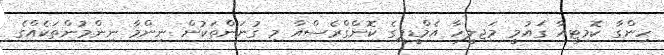
ހިންގާ ކޮމިޓީއާ ގައުމީ މަޖިލީހާ އެމްޑީޕީގެ ކޮންގްރެސްއާ މި ގުނަންތަކުން ނިންމާ ނިންމުންތަކެއްގެ